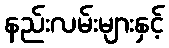
နည်းလမ်းများနှင့်